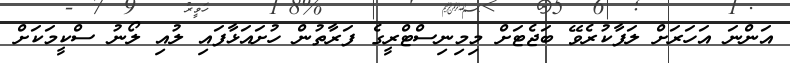
އަންނަ އަހަރަށް ލަފާކުރެވޭ ބަޖެޓަށް މިމިނިސްޓްރީގެ ފަރާތުން ހުށައަޅާފައި ލުއި ލޯނު ސްކީމަކަށް